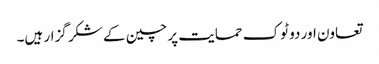
تعاون اور دو ٹوک حمایت پر چین کے شکر گزار ہیں۔